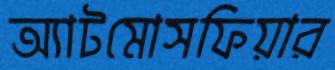
অ্যাটমোসফিয়ার